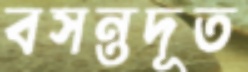
বসন্তদূত